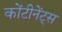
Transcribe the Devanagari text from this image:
कोंटीनेंट्स